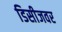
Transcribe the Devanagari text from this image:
डिसीजवर